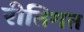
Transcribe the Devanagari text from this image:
रीतिगत